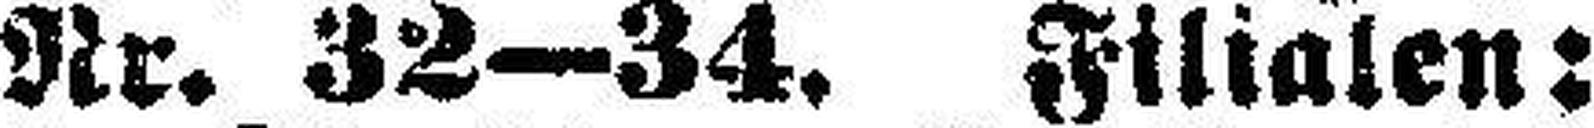
Nr. 32—34. Filialen: